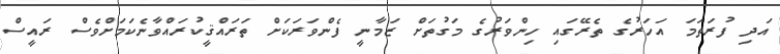
އަދި ފުރަތަމަ އަހަރުގެ ތެރޭގައި ހިންވަރުގެ މަގުތަށް ޒަމާނީ ފެންވަރަކަށް ތަރައްޤީކުރައްވާނެކަމަށްވެސް ރައީސް